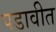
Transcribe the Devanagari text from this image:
पडावीत